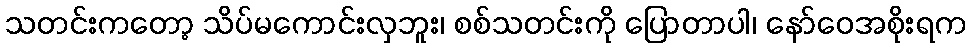
သတင်းကတော့ သိပ်မကောင်းလှဘူး၊ စစ်သတင်းကို ပြောတာပါ၊ နော်ဝေအစိုးရက